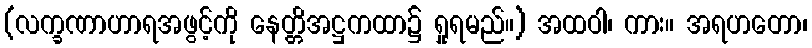
(လက္ခဏာဟာရအဖွင့်ကို နေတ္တိအဋ္ဌကထာ၌ ရှုရမည်။) အထဝါ၊ ကား။ အရဟတော၊